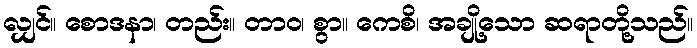
လျှင်။ စောဒနာ၊ တည်း။ တာဝ၊ စွာ။ ကေစိ၊ အချို့သော ဆရာတို့သည်။